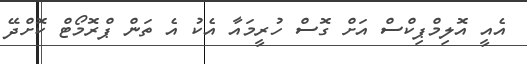
އެއީ އޮލިމްޕިކްސް އަށް ގޮސް ހުރީމައާ އެކު އެ ތަން ޕްރޮމޯޓް ކޮށްދޭ